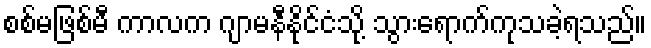
စစ်မဖြစ်မီ ကာလက ဂျာမနီနိုင်ငံသို့ သွားရောက်ကုသခဲ့ရသည်။